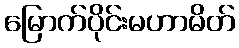
မြောက်ပိုင်းမဟာမိတ်